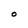
Character: O